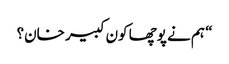
“ ہم نے پوچھا کون کبیر خان؟